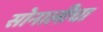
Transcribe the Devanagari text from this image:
सोनालीचा